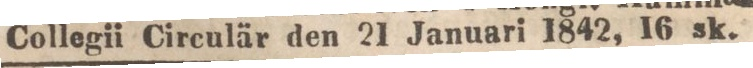
Collegii Circulär den 21 Januari 1842, 16 sk.